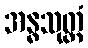
အန္ဓသုတ္တံ